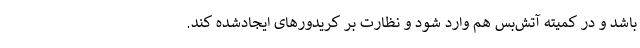
باشد و در کمیته آتش‌بس هم وارد شود و نظارت بر کریدورهای ایجادشده کند.